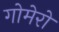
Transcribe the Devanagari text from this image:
गोमेरो